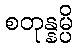
စတုန္နမ္ပိ